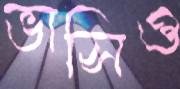
ভাসিও